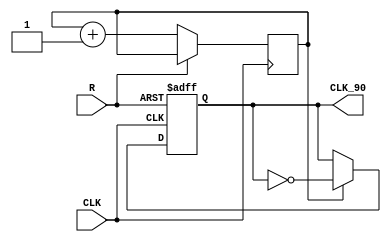
`ifdef verilator3
`else
`timescale 1 ps / 1 ps
`endif
//
// IDDRE1 primitive for Xilinx FPGAs
// Compatible with Verilator tool (www.veripool.org)
// Copyright (c) 2019-2022 PanX
// License : BSD
//

module SIM_DELAY
(
    input  CLK,
    output CLK_90,
    input  R /* Active-High Asynchronous Reset */
);
	reg counter;
	reg q;
	assign CLK_90 = q;

always @(posedge CLK or posedge R) begin
	if(R) begin
		q <= 1'b0;
	end else if(CLK) begin
		counter <= counter + 1;
		if(counter == 1'b1) begin
			q <= ~q;
		end
	end
end 

 

endmodule